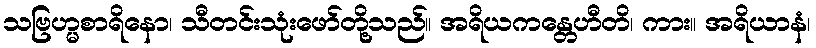
သဗြဟ္မစာရိနော၊ သီတင်းသုံးဖော်တို့သည်။ အရိယကန္တေဟီတိ၊ ကား။ အရိယာနံ၊